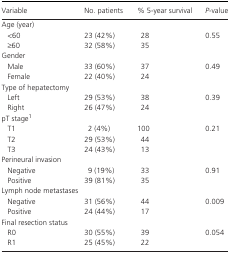
| Variable | No. patients | % 5‐year survival | P‐value |
 | --- | --- | --- | --- |
 | <COLSPAN=4> Age (year) |
 | <60 | 23 (42%) | 28 | <ROWSPAN=2> 0.55 |
 | ≥60 | 32 (58%) | 35 |
 | <COLSPAN=4> Gender |
 | Male | 33 (60%) | 37 | <ROWSPAN=2> 0.49 |
 | Female | 22 (40%) | 24 |
 | <COLSPAN=4> Type of hepatectomy |
 | Left | 29 (53%) | 38 | <ROWSPAN=2> 0.39 |
 | Right | 26 (47%) | 24 |
 | <COLSPAN=4> pT stagea |
 | T1 | 2 (4%) | 100 | <ROWSPAN=3> 0.21 |
 | T2 | 29 (53%) | 44 |
 | T3 | 24 (43%) | 13 |
 | <COLSPAN=4> Perineural invasion |
 | Negative | 9 (19%) | 33 | <ROWSPAN=2> 0.91 |
 | Positive | 39 (81%) | 35 |
 | <COLSPAN=4> Lymph node metastases |
 | Negative | 31 (56%) | 44 | <ROWSPAN=2> 0.009 |
 | Positive | 24 (44%) | 17 |
 | <COLSPAN=4> Final resection status |
 | R0 | 30 (55%) | 39 | <ROWSPAN=2> 0.054 |
 | R1 | 25 (45%) | 22 |